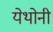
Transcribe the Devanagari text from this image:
येथोनी